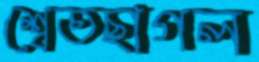
শ্বেতছাগল